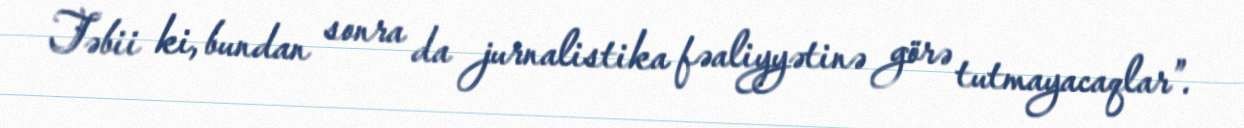
Təbii ki, bundan sonra da jurnalistika fəaliyyətinə görə tutmayacaqlar”.